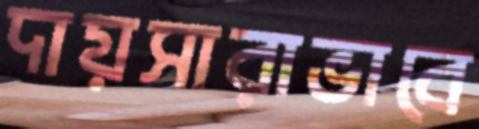
দায়সারাভাবে